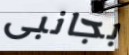
بجانبى